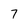
Character: 7